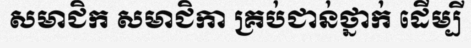
សមាជិក សមាជិកា គ្រប់ជាន់ថ្នាក់ ដើម្បី